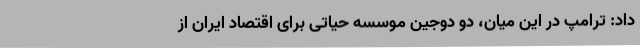
داد: ترامپ در این میان، دو دوجین موسسه حیاتی برای اقتصاد ایران از